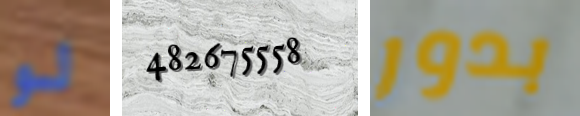
لو 482675558 بدور